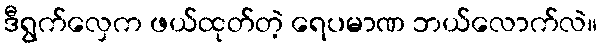
ဒီရွက်လှေက ဖယ်ထုတ်တဲ့ ရေပမာဏ ဘယ်လောက်လဲ။